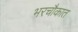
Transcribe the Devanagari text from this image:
भरचौकात